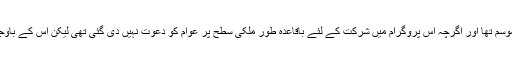
اس تاریخی تقریر کے لئے جس دن کا انتخاب ہوا وہ ۲۶ اکتوبر ۱۹۶۴ کا دن تھا اور خزاں کا موسم تھا اور اگرچہ اس پروگرام میں شرکت کے لئے باقاعدہ طور ملکی سطح پر عوام کو دعوت نہیں دی گئی تھی لیکن اس کے باوجود قریبی قصبوں خصوصاً تہران کی عوام اور انقلابی افراد کی بڑی تعداد نے شرکت کی تھی۔